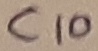
Text: C10